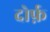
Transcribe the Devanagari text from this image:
दोर्फ़